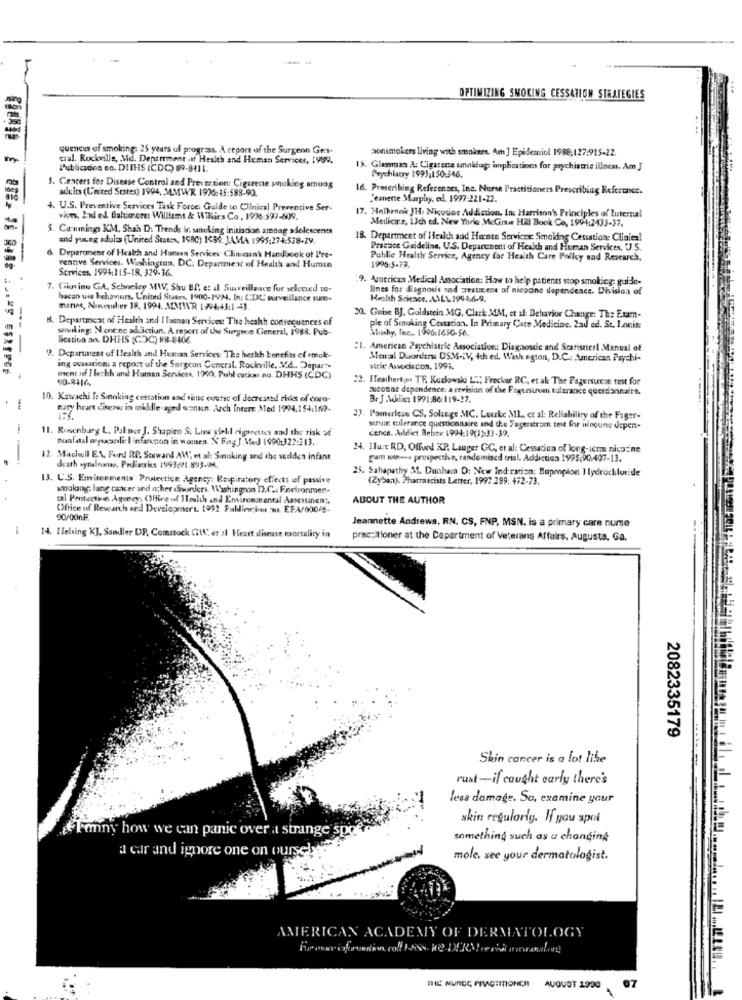
OPTIMIZING SMOKING CESSATION STRATEGIES
quences of smoking: 25 years of progress. A report of the Surgeon Gen-
aonsmokers living with smokers. Am ] Epidemiol 1938;127:915-22.
m
cial. Ruckville, Md. Department of Health and Human Services, 199V.
Publicados en. DIIHS (CDC) 89-8411.
15. Glassman A: Cigarette smokega implications for psychiatrie illness. Am J
Deychlacry 1993,150:346.
1. Centers for Disease Control and Prevention: Cigarette smoking among
adults (United States) 1994. M.MWR 1926:45:588-90.
I6. Prescribing Referenses, Inc. Nurse Practitioners Prescribing Reference.
Jeanette Masplay, ed. 1997-221-22.
4. U.S. Preventive Services Task Force: Guide to Clinical Preventive Ser-
vices, 2nd ed. Baltimore: Williamt & Wilkins Co, 1996 $97-809.
17. Helhrnek JH. Nicotine Addiction, In: Harrison' Principles of Luternal
Medicire, 13ch ed. New York ,McGraw Hal Book Co, 1991:2433-37.
5. Canmings KM, Shah D: Trends in sancling initiacion amoag adolescents
and young adults (United States, 1990) 1589. J.A.MA 1995;274:528-29.
18. Department of Health and Hunte Services: Smoking Cessation: Cliniesl
Practice Gaideline, U.S. Department of Health and Human Services, U.S.
--
6 Deperonenr of Health and Human Services Clinicaan's Handbook of I're-
Public Health Service, Agency for Health Care Policy sad Research,
ventive Services. Wahington, DC. Department of Health and Human
Services. 1994:115-18, 329-36.
1995:5-72.
9. Anerican Medical Association: How to help patients stop smoking- guide-
7. CHiovine GA, Schoeley MW, Shu BI, et al. Surveillance for selected to-
lines for diagnosis and Treatment of nicotine dependeace. Division of
bacen wie behaviors. United States, 1900-1924. In: CDC surveillance sum-
Health Sokcace ,. \\LL 199-4-6-9.
mariee, Arnemler 18, 1994. MMIVR 1994:45.1-43.
B. Department of Health and I Tuman Services: The heakh consequences of
20. Guise BJ. Goldstein MG, Clark MM, et al: Dehavior Change: The Exam-
smoking: Nonene addictiun. A report of the Surgeon General, 1988, Pub-
Moshy, Tec .. 1596:1650-56.
ple of Smoking Cessation. In Primary Care Medicine. 2ad ed. St. I.ncis:
lication an. DHHS (CDC) #8-8406.
21. American Psychiatric Association: Diagnose and Scaristicrl Manual of
9. Deparunent uf (Health and Human Services: The health benefits of smoke-
Memal Disorders: DSM-IV, 4ch ed. Wish ngton, D.C .: American Psychi-
ing oussarioni a report of the Surgeon General. Rockville. Md .. Depar ?-
aldie Asedicion. 1995.
ment of I letkh and Human Services, 1900, Publ cution no. DHHS (CDC)
90-8416.
2. Heathertan TF, Kozlowski L .; Frockaar RC, et ak The Fagersurcan test for
aucoune dependence: a revision of the Fayersurum tolerance questionnaire.
10. Kawachi f: Smoking cessation and time eversc of Jecreated risks of coro-
Br J .Mdiict 1991:86:119-27.
mary heart d'isere in middle-aged wanun Arch Interr. Med 1994.154:160-
23. Pomerlean CS. SoluEge MC, Leuke ML, et al: Reliability of the Fager-
11. Riesenburg L. Pal nee J. Shapiro S. Line vielil cigarettes and the risk of
cence. Addict Rebav 1994:19(3)-33-39.
struin tolerance questionnaire and the Fagerstrom test for nicoune dopen-
Bonfatal megasedi: I infarocon in wonnen. X Fng J.Med 1990-322:213.
24. Har RD, Offord XP. Langer GC, et al: Cessation of long-term nicotine
. Machwell EN, Ford Ri. Stewand AW, et al: Sinoking and dye sudden infant
gam s-a prospective, randomised trial. Addiction 1995,90.407-13.
death wynalnonay, Pediatrics 1993:01.893.04.
25. Sahapathy 31. Dunhain D: New Ind: carizn: Bupropion I tydrochloride
13. U.S. Environments" Protection Agency: Respiratory effects of passive
(Zyban). Pharmacists Letter. 1997 299: 472-73.
wmaking: lung cancer and acher diwirders. Washington D.C .: Environmen-
cal Protection Agency: (Ffice of Health and Environsrental Assessment,
ABOUT THE AUTHOR
Office of Research and Development. 1992 Pubdirecion nu. EPA/60046-
20/000F
Jeannette Andrews, RN, CS, FNP, MSN. is a primary care nurse
14. Helsing KJ, Sandler DP, Comstock Gif", er :1 Heart disease mortality in
practitioner at the Department of Veterans Affairs. Augusta, Ga.
2082335179
Skin cancer is a lot like
rust-if caught early there's
less damage. So, examine your
skin regularly. If you spol
+Feny how we can panic over a strange sp
something such as a changing
a car and ignore one on oursehe
mole. see your dermatologist.
AMERICAN ACADEMY OF DERMATOLOGY
AUGUST 1900
07